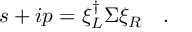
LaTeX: s + i p = \xi _ { L } ^ { \dagger } \Sigma \xi _ { R } \quad .